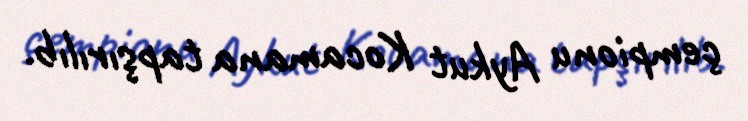
çempionu Aykut Kocamana tapşırılıb.